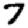
Digit: 7